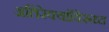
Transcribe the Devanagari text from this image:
अतिरेक्यांविरूध्द